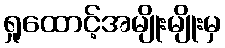
ရှုထောင့်အမျိုးမျိုးမှ